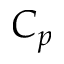
C _ { p }